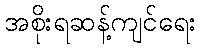
အစိုးရဆန့်ကျင်ရေး